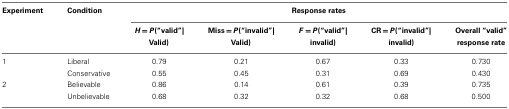
<table><thead><tr><td><b>Experiment</b></td><td><b>Condition</b></td><td colspan="5"><b>Response rates</b></td></tr><tr><td></td><td></td><td><b><i>H</i> = <i>P</i>(“valid”|</b></td><td><b>Miss = <i>P</i>(“invalid”|</b></td><td><b><i>F</i> = <i>P</i>(“valid”|</b></td><td><b>CR = <i>P</i>(“invalid”|</b></td><td><b>Overall “valid”</b></td></tr><tr><td></td><td></td><td><b>Valid)</b></td><td><b>Valid)</b></td><td><b>invalid)</b></td><td><b>invalid)</b></td><td><b>response rate</b></td></tr></thead><tbody><tr><td>1</td><td>Liberal</td><td>0.79</td><td>0.21</td><td>0.67</td><td>0.33</td><td>0.730</td></tr><tr><td></td><td>Conservative</td><td>0.55</td><td>0.45</td><td>0.31</td><td>0.69</td><td>0.430</td></tr><tr><td>2</td><td>Believable</td><td>0.86</td><td>0.14</td><td>0.61</td><td>0.39</td><td>0.735</td></tr><tr><td></td><td>Unbelievable</td><td>0.68</td><td>0.32</td><td>0.32</td><td>0.68</td><td>0.500</td></tr></tbody></table>